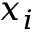
x _ { i }